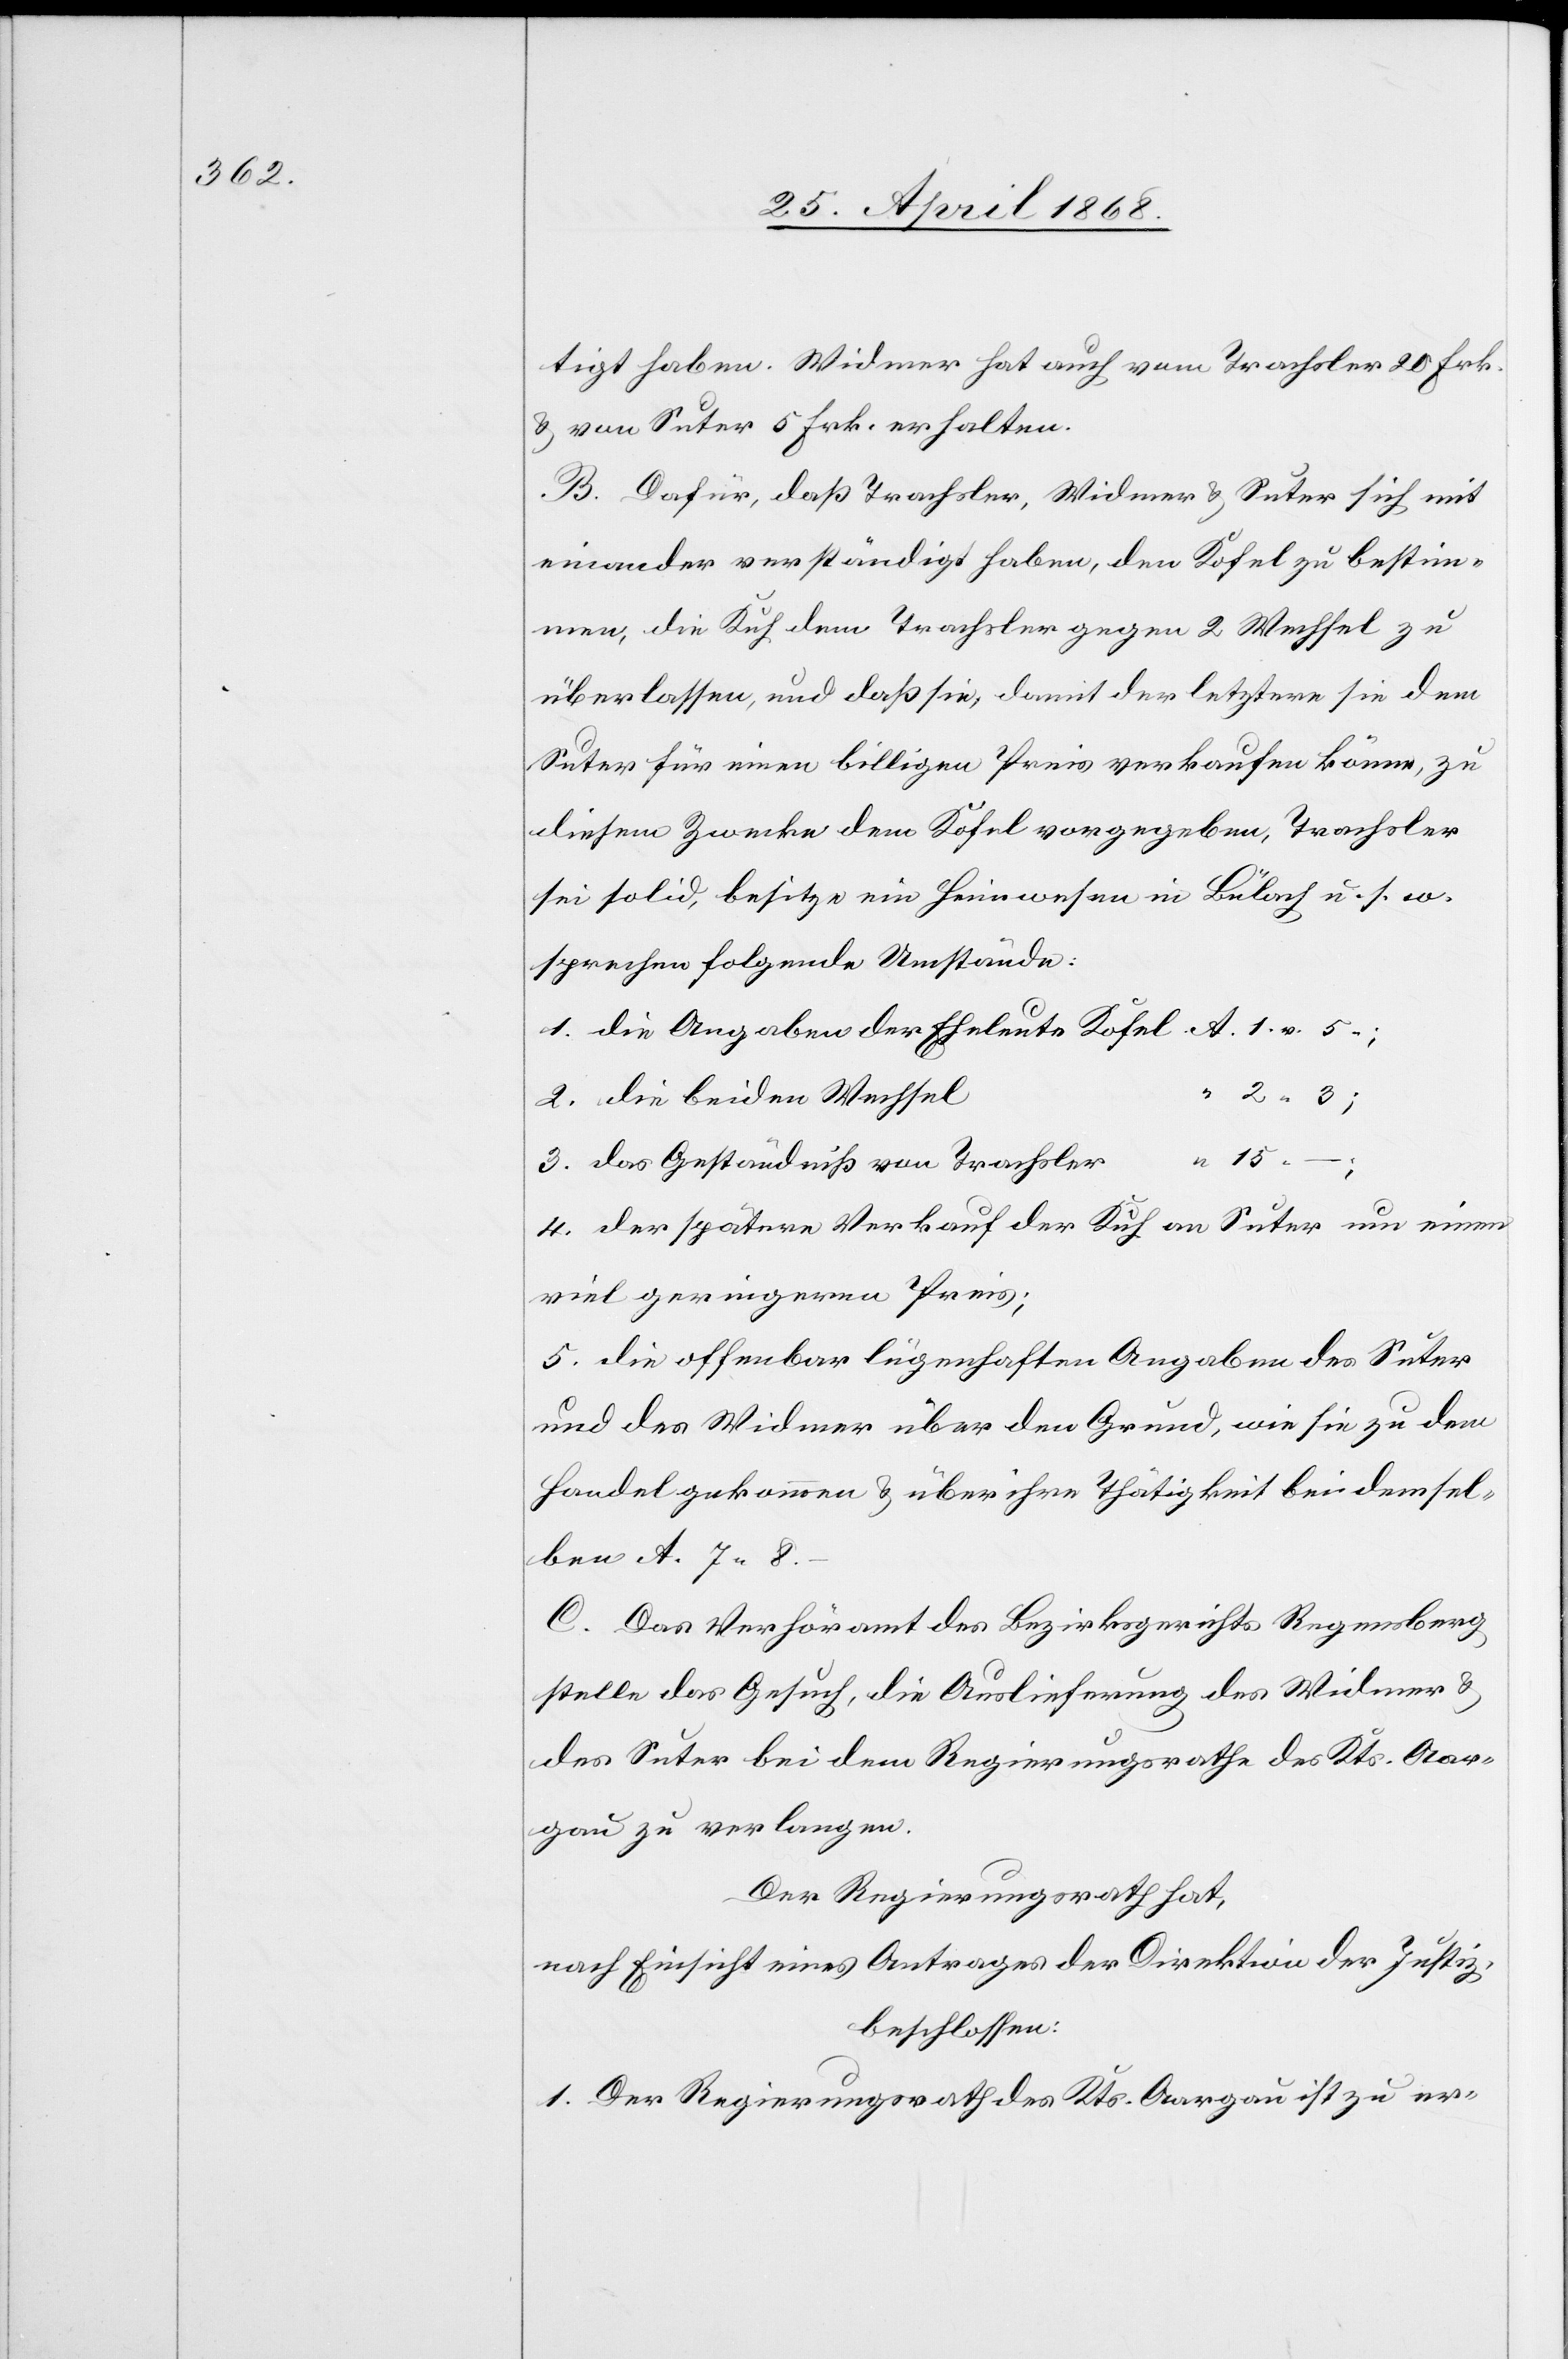
tigt haben. Widmer hat auch vom Trachsler 20 Frk.
& von Suter 5 Frk. erhalten.
B. Dafür, daß Trachsler, Widmer & Suter sich mit
einander verständigt haben, den Kofel zu bestim¬
men, die Kuh dem Trachsler gegen 2 Wechsel zu
überlassen, und daß sie, damit der letztere sie dem
Suter für einen billigen Preis verkaufen könne, zu
diesem Zwecke dem Kofel vorgegeben, Trachsler
sei solid, besitze ein Heimwesen in Bülach u. s. w.
sprechen folgende Umstände:
die Angaben der Eheleute Kofel
“ 2 “ 3;
die beiden Wechsel
8.
“ 15
das Geständniß von Trachsler
der spätere Verkauf der Kuh an Suter um einen
viel geringeren Preis;
die offenbar lügenhaften Angaben des Suter
und des Widmer über den Grund, wie sie zu dem
Handel gekommen & über ihre Thätigkeit bei demsel¬
C. Das Verhöramt des Bezirksgerichts Regensberg
stelle das Gesuch, die Auslieferung des Widmer &
des Suter bei dem Regierungsrathe des Kts. Aar¬
gau zu verlangen.
Der Regierungsrath hat,
nach Einsicht eines Antrages der Direktion der Justiz,
beschlossen:
1. Der Regierungsrath des Kts. Aargau ist zu er-